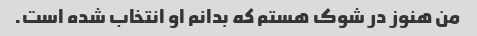
من هنوز در شوک هستم که بدانم او انتخاب شده است.